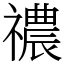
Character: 禯